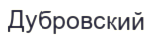
Дубровский